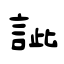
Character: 訿